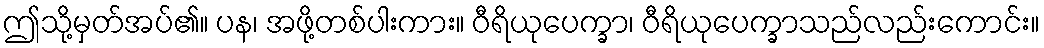
ဤသို့မှတ်အပ်၏။ ပန၊ အဖို့တစ်ပါးကား။ ဝီရိယုပေက္ခာ၊ ဝီရိယုပေက္ခာသည်လည်းကောင်း။